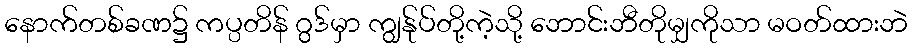
နောက်တစ်ခဏ၌ ကပ္ပတိန် ဂွဒ်မှာ ကျွန်ုပ်တို့ကဲ့သို့ ဘောင်းဘီတိုမျှကိုသာ မဝတ်ထားဘဲ